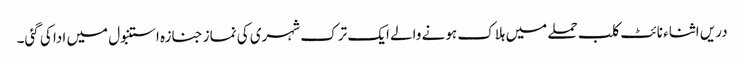
دریں اثناء نائٹ کلب حملے میں ہلاک ہونے والے ایک ترک شہری کی نماز جنازہ استنبول میں ادا کی گئی۔